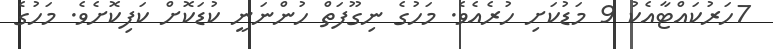
7ހަރުކައްޓާއެކު 9 މަޑުކަށި ހުރެއެވެ. މަހުގެ ނިގޫފަތް ހުންނަނީ ކުޑަކޮށް ކަފިކޮށެވެ. މަހުގެ